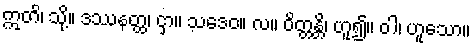
ဣတိ၊ သို့။ ဒဿနတ္ထ၊ ငှာ။ သဒေဝ။ လ။ ဝိတ္တန္တိ၊ ဟူ၍။ ဝါ၊ ဟူသော။